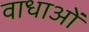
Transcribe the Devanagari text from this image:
वाधाओं